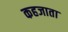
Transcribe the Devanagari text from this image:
कहजाता